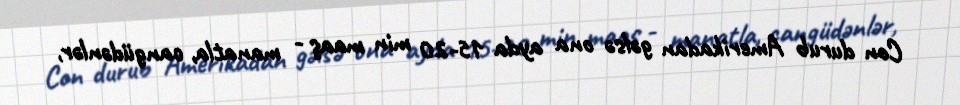
Con durub Amerikadan gəlsə ona ayda 15-20 min maaş - manatla, cangüdənlər,